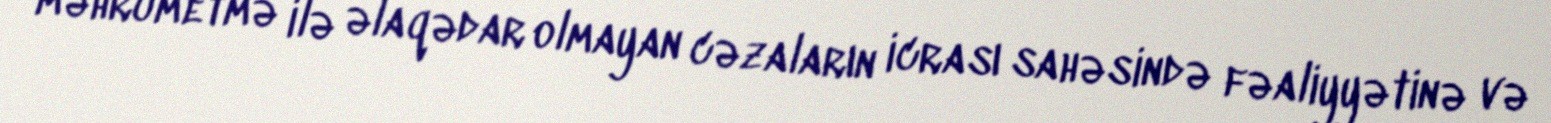
məhrumetmə ilə əlaqədar olmayan cəzaların icrası sahəsində fəaliyyətinə və